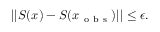
| | S ( x ) - S ( x _ { \mathrm { ~ o ~ b ~ s ~ } } ) | | \leq \epsilon .